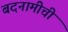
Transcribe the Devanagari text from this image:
बदनामीची